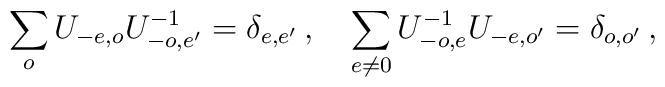
\sum_{o}U_{-e,o}U_{-o,e^{\prime }}^{-1}=\delta _{e,e^{\prime }}\,,\quad\sum_{e\neq 0}U_{-o,e}^{-1}U_{-e,o^{\prime }}=\delta _{o,o^{\prime }}\,,